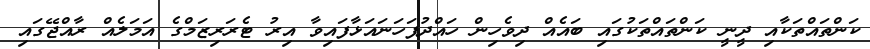
ކަންތައްތަކާއި ދީނީ ކަންތައްތަކުގައި ބައެއް ދިވެހިން ހައްދުފަހަނައަޅާފައިވާ އިރު ޓެރަރިޒަމްގެ އަމަލެއް ރާއްޖޭގައި